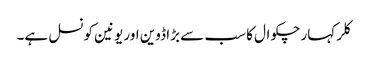
کلر کہار چکوال کا سب سے بڑا ڈوین اور یونین کونسل ہے۔